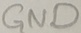
Text: GND